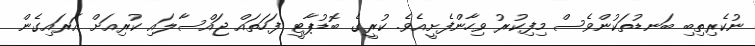
ނުކެރިތިބި ބަނޑުތަކުންވެސް މިފިކުރު ވިހާންފެށީއެވެ. ކުރީގެ ބޮޑުޕާޓީ ފަހަތައް ޖައްސާލައި ކުރިއަށް އަރައިގެން